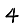
Digit: 4